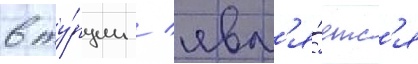
в ту́рции / явл'я́етс'я